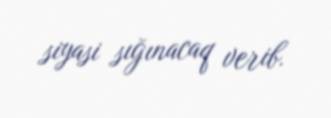
siyasi sığınacaq verib.